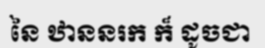
នៃ ឋាននរក ក៏ ដូចជា